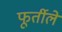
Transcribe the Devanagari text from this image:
फूर्तीले